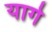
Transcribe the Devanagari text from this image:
यागे